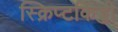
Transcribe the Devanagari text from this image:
स्क्रिप्टकिड्डी